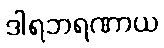
ဒါရဘရဏာယ